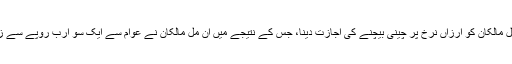
چینی کے مل مالکان کو ارزاں نرخ پر چینی بیچنے کی اجازت دینا، جس کے نتیجے میں ان مل مالکان نے عوام سے ایک سو ارب روپے سے زائد ہتھیائے۔